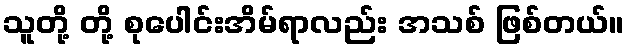
သူတို့ တို့ စုပေါင်းအိမ်ရာလည်း အသစ် ဖြစ်တယ်။